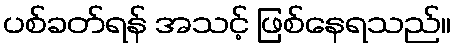
ပစ်ခတ်ရန် အသင့် ဖြစ်နေရသည်။